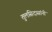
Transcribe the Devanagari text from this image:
तुलसिदासांनी